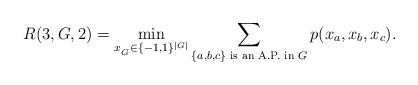
LaTeX: \begin{align*}R(3,G,2)= \min_{x_{_G} \in \{-1,1\}^{|G|}} \displaystyle\sum_{\{a,b,c\} \textrm{ is an A.P. in } G}p(x_a,x_b,x_c).\end{align*}